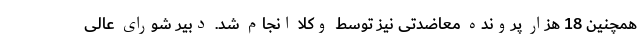
همچنین 18 هزار پرونده معاضدتی نیز توسط وکلا انجام شد. دبیر شورای عالی